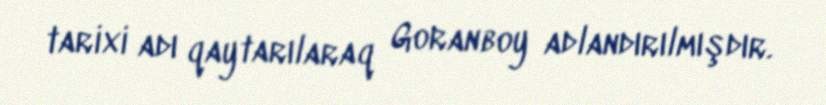
tarixi adı qaytarılaraq Goranboy adlandırılmışdır.